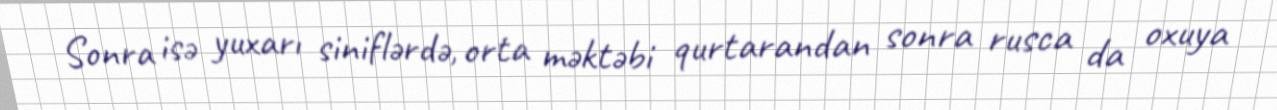
Sonra isə yuxarı siniflərdə, orta məktəbi qurtarandan sonra rusca da oxuya